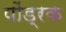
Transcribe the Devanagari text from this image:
पोंड्रक